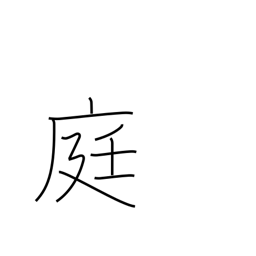
Meaning: courtyard